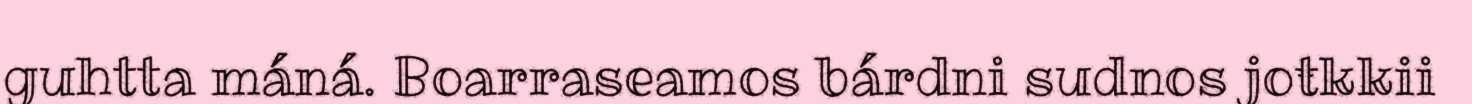
guhtta máná. Boarraseamos bárdni sudnos joŧkkii